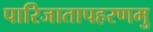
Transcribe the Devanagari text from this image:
पारिजातापहरणमु